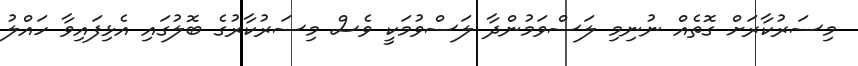
މިސަރުކާރަށް ގޮތެއް ނުނިމި ލަސްވަމުންދާ ލަސްވުމަކީ ވެސް މިސަރުކާރުގެ ބޮލުގައި އެޅިފައިވާ ހައްލު